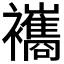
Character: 𧟃